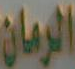
الرمان